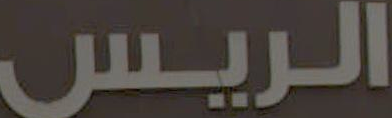
الريس